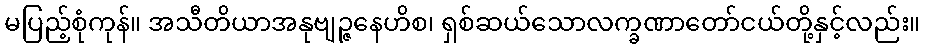
မပြည့်စုံကုန်။ အသီတိယာအနုဗျဉ္ဇနေဟိစ၊ ရှစ်ဆယ်သောလက္ခဏာတော်ငယ်တို့နှင့်လည်း။